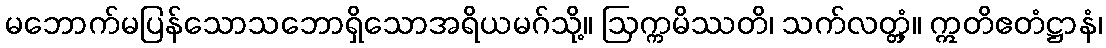
မဘောက်မပြန်သောသဘောရှိသောအရိယမဂ်သို့။ ဩက္ကမိဿတိ၊ သက်လတ္တံ့။ ဣတိဧတံဋ္ဌာနံ၊